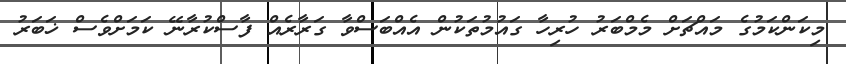
މިކަންކަމުގެ މައްޗަށް މެމްބަރު ހުރިހާ ގައުމުތަކުން އެއްބަސްވާ ގަރާރެއް ފާސްކުރާނޭ ކަމަށްވެސް ޚަބަރު